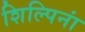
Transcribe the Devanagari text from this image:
शिल्पिनां